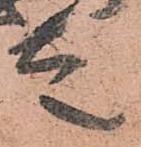
走